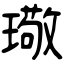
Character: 璥